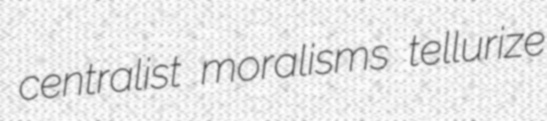
centralist moralisms tellurize